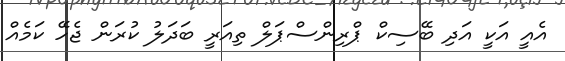
އެއީ އަކީ އަދި ބޭސިކް ޕްރިންސްޕަލް ތިއަރީ ބަދަލު ކުރަން ޖެހޭ ކަމެއް